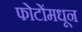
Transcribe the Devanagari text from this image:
फोटोंमधून